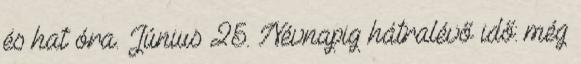
és hat óra. Június 25. Névnapig hátralévő idő: még